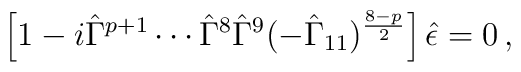
\left[1-i\hat{\Gamma}^{p+1}\cdots\hat{\Gamma}^{8}\hat{\Gamma}^{9}  (-\hat{\Gamma}_{11})^{\frac{8-p}{2}}\right]\hat{\epsilon}=0\, ,